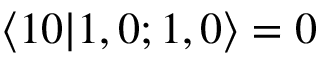
\langle 1 0 | 1 , 0 ; 1 , 0 \rangle = 0